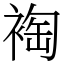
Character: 裪